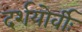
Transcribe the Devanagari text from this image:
दर्शयोर्वीः